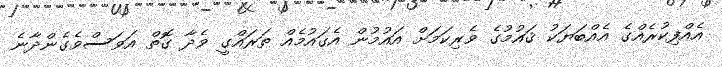
އެއްފިކުރެއްގެ އެއްބަޔަކު ޤައުމުގެ ވެރިކަމަށް އައުމުން އެގައުމެއް ތަރައްގީ ވެދާ ގޮތް އަވަސްވެގެންދާނެ